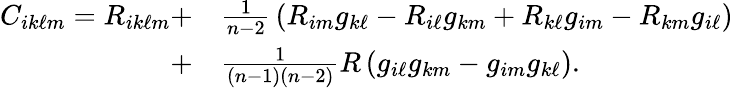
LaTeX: {\begin{array}{rl}{C_{ik\ell m}=R_{ik\ell m}+}&{{\frac{1}{n-2}}\left(R_{im}g_{k\ell}-R_{i\ell}g_{km}+R_{k\ell}g_{im}-R_{km}g_{i\ell}\right)}\\ {+}&{{\frac{1}{(n-1)(n-2)}}R\left(g_{i\ell}g_{km}-g_{im}g_{k\ell}\right).\ }\end{array}}